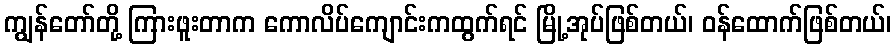
ကျွန်တော်တို့ ကြားဖူးတာက ကောလိပ်ကျောင်းကထွက်ရင် မြို့အုပ်ဖြစ်တယ်၊ ဝန်ထောက်ဖြစ်တယ်၊